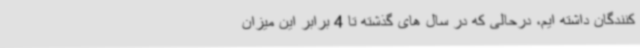
کنندگان داشته ایم، درحالی که در سال های گذشته تا 4 برابر این میزان